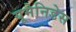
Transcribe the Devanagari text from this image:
यूमेनिडेस